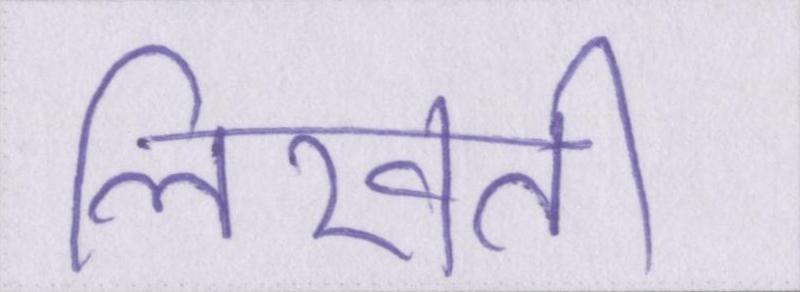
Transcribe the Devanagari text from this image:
लिखती